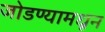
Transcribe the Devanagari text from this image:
जोडण्यामधून